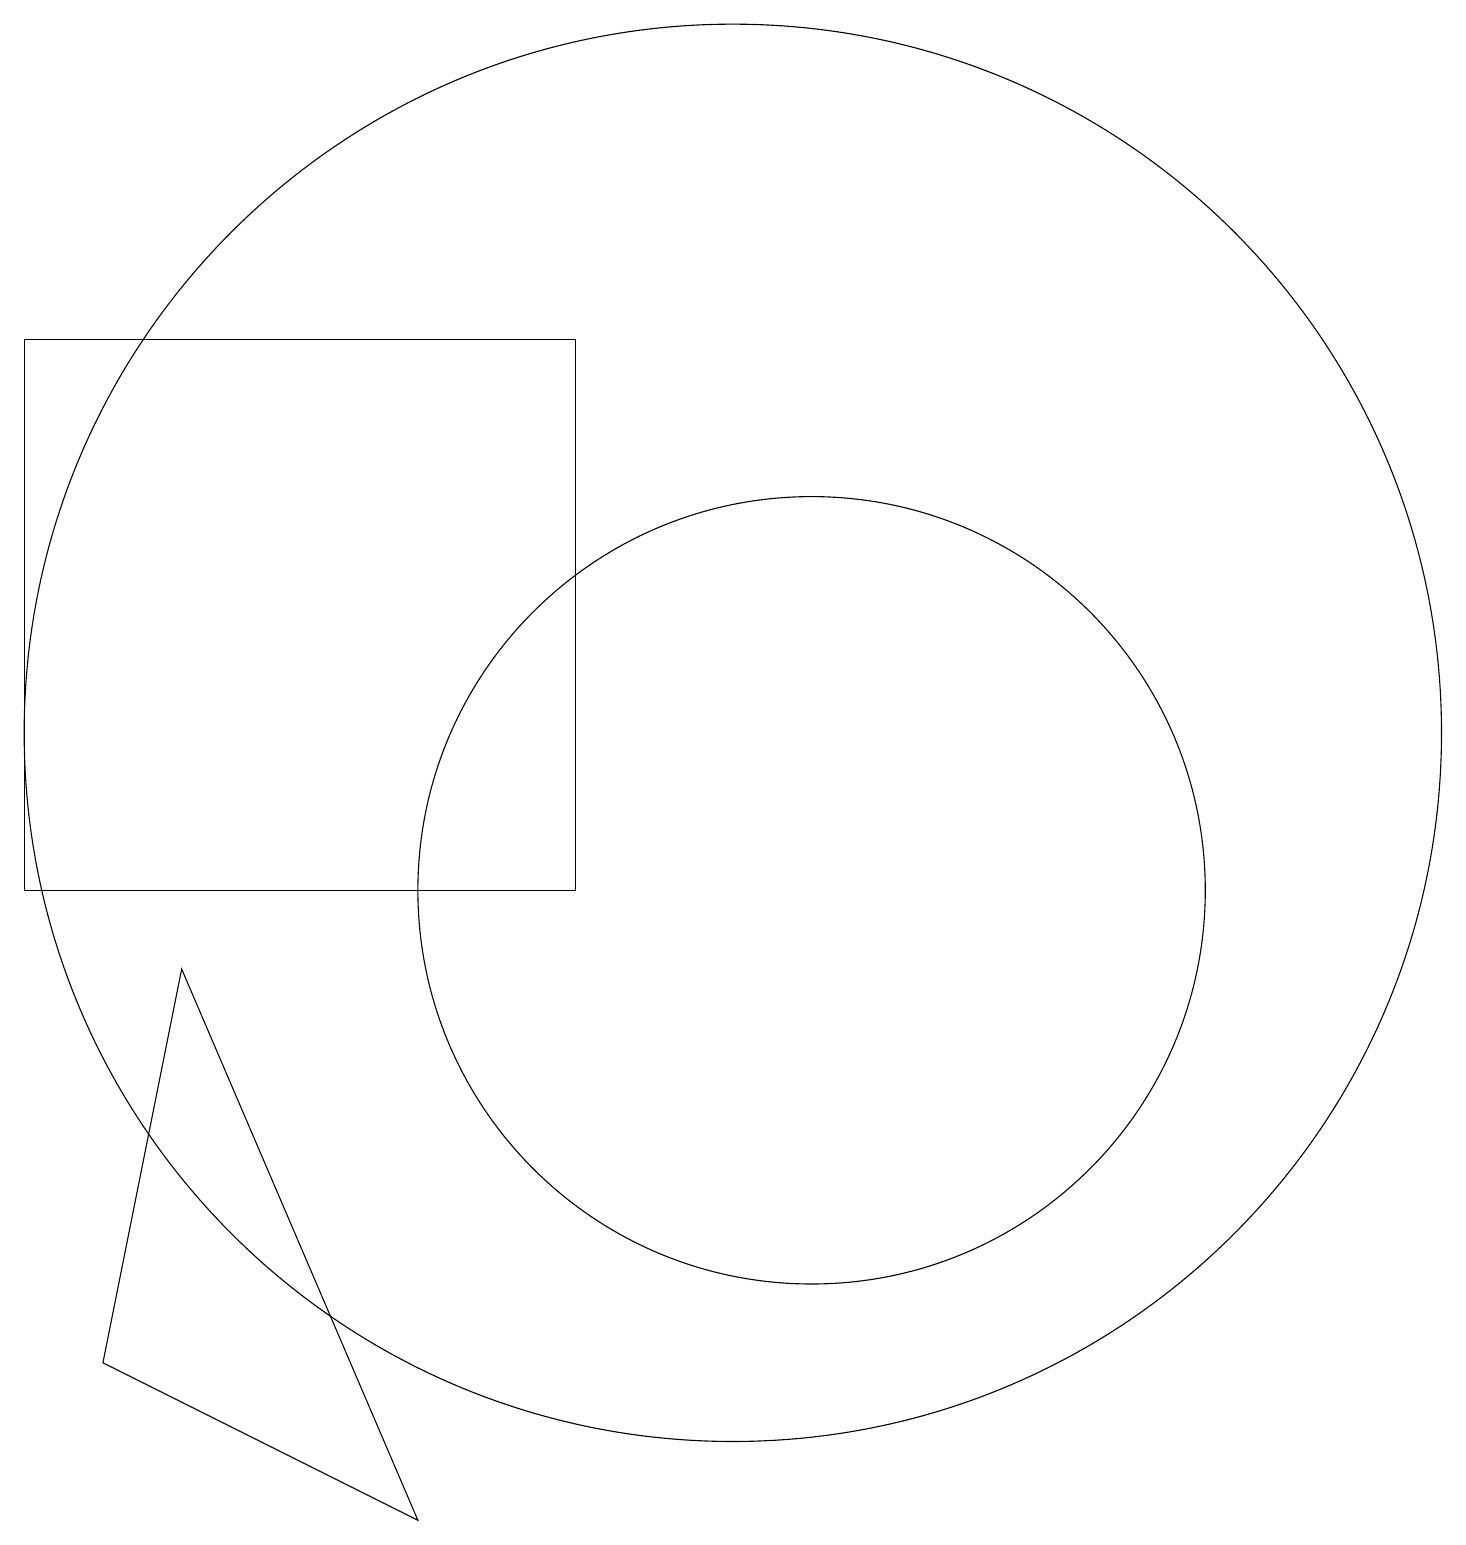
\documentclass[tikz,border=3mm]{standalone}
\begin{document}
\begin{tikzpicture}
\draw (11,10) circle (5);
\draw (1,10) rectangle (8,17);
\draw (10,10) circle (0);
\draw (2,4) -- (6,2) -- (3,9) -- cycle;
\draw (10,12) circle (9);
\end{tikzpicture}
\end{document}